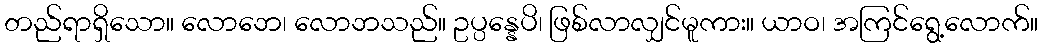
တည်ရာရှိသော။ လောဘေ၊ လောဘသည်။ ဥပ္ပန္နေပိ၊ ဖြစ်လာလျှင်မူကား။ ယာဝ၊ အကြင်ရွေ့လောက်။